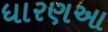
ધારણઆ